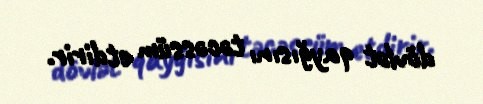
dövlət qayğısını təcəssüm etdirir.